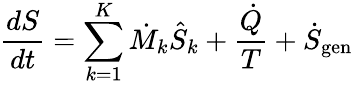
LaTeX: {\frac{dS}{dt}}=\sum_{k=1}^{K}{\dot{M}}_{k}{\hat{S}}_{k}+{\frac{\dot{Q}}{T}}+{\dot{S}}_{\mathrm{gen}}